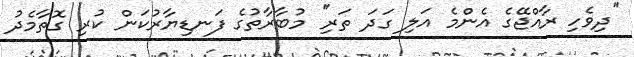
''ދިވެހި ރާއްޖޭގެ އެންމެ އަލި ގަދަ ތަރި'' މުބާރާތުގެ ފަނޑިޔާރުކަން ކުރި ގޮތާމެދު